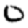
Digit: 0